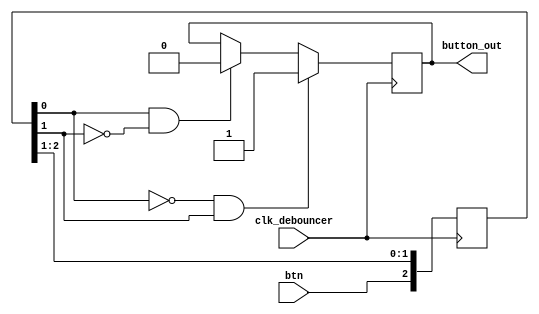
module debouncer( btn, clk_debouncer, button_out); 

input wire btn, clk_debouncer;
output reg button_out = 0;

reg [2:0] step_d = 3'b000;

always @ (posedge clk_debouncer) begin
	if(~step_d[0] & step_d[1])begin
		button_out = 1'b1;
	end
	else if (step_d[0] & ~step_d[1])begin
		button_out = 1'b0;
	end
          
	step_d[2:0]  <= {btn, step_d[2:1]};
end

endmodule